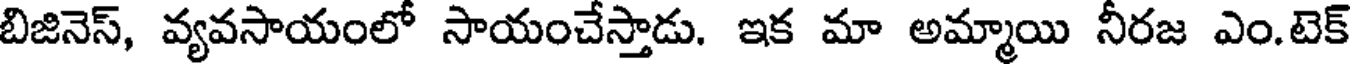
బిజినెస్, వ్యవసాయంలో సాయంచేస్తాడు. ఇక మా అమ్మాయి నీరజ ఎం.టెక్